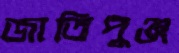
জাতিপুঞ্জ